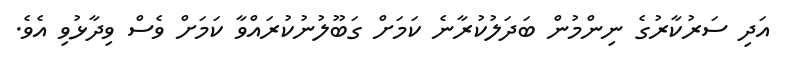
އަދި ސަރުކާރުގެ ނިންމުން ބަދަލުކުރާނެ ކަމަށް ގަބޫލުނުކުރައްވާ ކަމަށް ވެސް ވިދާޅުވި އެވެ.